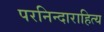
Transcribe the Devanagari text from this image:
परनिन्दाराहित्य